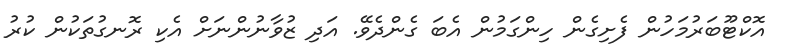
އޮކްޓޫބަރުމަހުން ފެށިގެން ހިންގަމުން އެބަ ގެންދެވޭ. އަދި ޒުވާނުންނަށް އެކި ރޮނގުތަކުން ކުރު